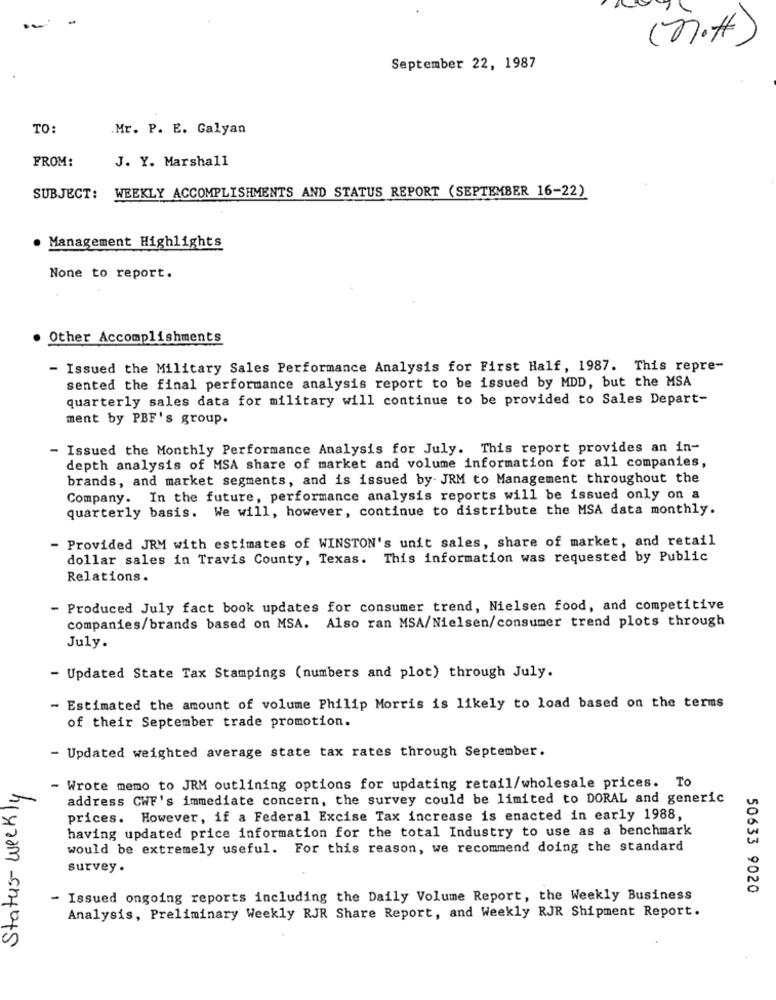
(not)
September 22, 1987
TO:
.Mr. P. E. Galyan
FROM:
J. Y. Marshall
SUBJECT:
WEEKLY ACCOMPLISHMENTS AND STATUS REPORT (SEPTEMBER 16-22)
Management Highlights
None to report.
Other Accomplishments
- Issued the Military Sales Performance Analysis for First Half, 1987. This repre-
sented the final performance analysis report to be issued by MDD, but the MSA
quarterly sales data for military will continue to be provided to Sales Depart-
ment by PBF's group.
- Issued the Monthly Performance Analysis for July. This report provides an in-
depth analysis of MSA share of market and volume information for all companies,
brands, and market segments, and is issued by- JRM to Management throughout the
Company. In the future, performance analysis reports will be issued only on a
quarterly basis. We will, however, continue to distribute the MSA data monthly.
- Provided JRM with estimates of WINSTON's unit sales, share of market, and retail
dollar sales in Travis County, Texas. This information was requested by Public
Relations.
- Produced July fact book updates for consumer trend, Nielsen food, and competitive
companies/brands based on MSA. Also ran MSA/Nielsen/consumer trend plots through
July.
- Updated State Tax Stampings (numbers and plot) through July.
- Estimated the amount of volume Philip Morris is likely to load based on the terms
of their September trade promotion.
- Updated weighted average state tax rates through September.
Status- weekly
- Wrote memo to JRM outlining options for updating retail/wholesale prices. To
address CWF's immediate concern, the survey could be limited to DORAL and generic
prices. However, if a Federal Excise Tax increase is enacted in early 1988,
having updated price information for the total Industry to use as a benchmark
would be extremely useful. For this reason, we recommend doing the standard
survey.
50633 9020
Issued ongoing reports including the Daily Volume Report, the Weekly Business
Analysis, Preliminary Weekly RJR Share Report, and Weekly RJR Shipment Report.